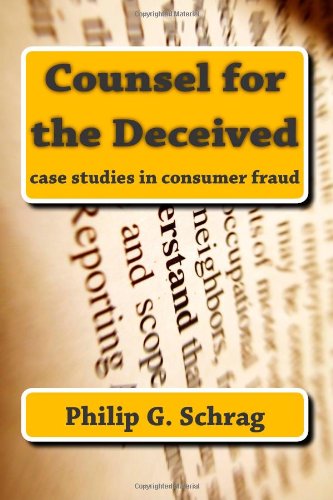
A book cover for Counsel for the Deceived: Case Studies in Consumer Fraud; Philip G. Schrag; Law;